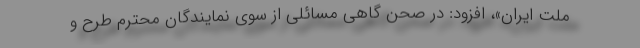
ملت ایران»، افزود: در صحن گاهی مسائلی از سوی نمایندگان محترم طرح و